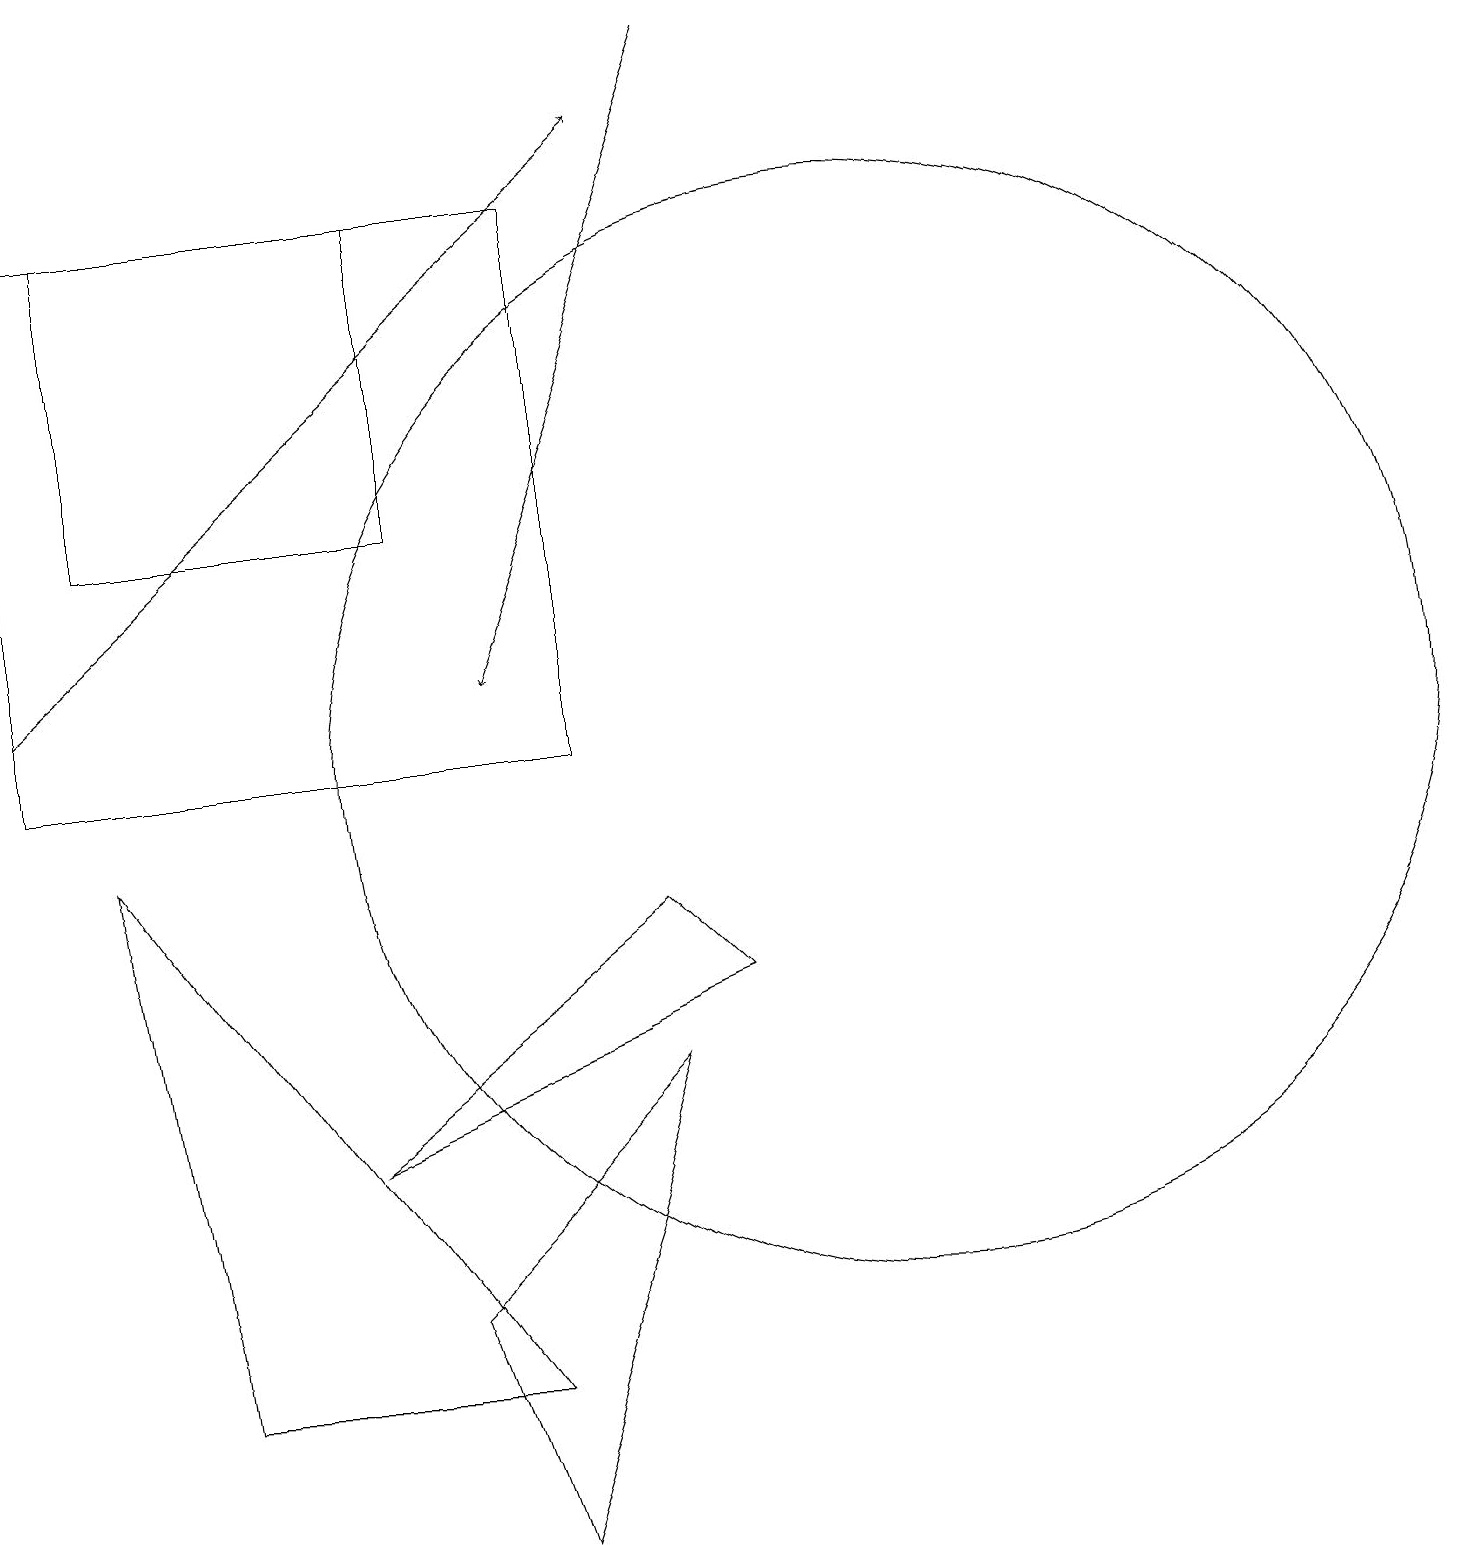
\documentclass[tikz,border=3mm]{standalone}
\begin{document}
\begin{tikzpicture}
\draw (6,2) -- (1,9) -- (2,2) -- cycle;
\draw (11,10) circle (7);
\draw (6,0) -- (8,6) -- (5,3) -- cycle;
\draw (5,17) rectangle (1,13);
\draw[->] (0,11) -- (8,18);
\draw (4,5) -- (9,7) -- (8,8) -- cycle;
\draw (7,17) rectangle (0,10);
\draw[->] (9,19) -- (6,11);
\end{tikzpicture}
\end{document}